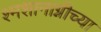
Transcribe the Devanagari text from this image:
श्मशानाग्नीच्या